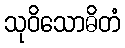
သုဝိသောဓိတံ